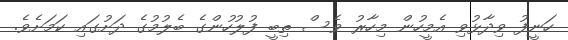
ހަނީފު ވިދާޅުވި އެމީހުން މިހާރު ވެސް ތިބީ ފުލުހުންގެ ބެލުމުގެ ދަށުގައި ކަމަށެވެ.